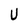
Character: U